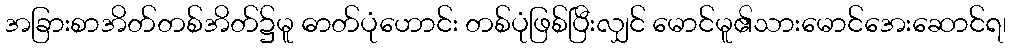
အခြားစာအိတ်တစ်အိတ်၌မူ ဓာတ်ပုံဟောင်း တစ်ပုံဖြစ်ပြီးလျှင် မောင်မူ၏သားမောင်အေးဆောင်ရ၊